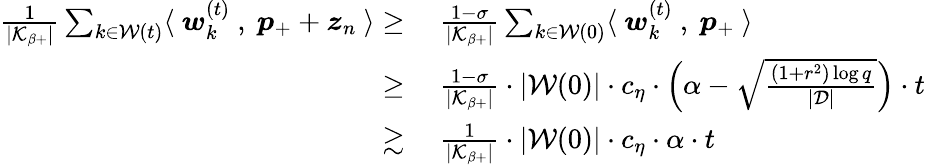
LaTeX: \begin{array}{rl}{\frac{1}{|\mathcal{K}_{\beta+}|}\sum_{k\in\mathcal{W}(t)}\langle~{\boldsymbol w}_{k}^{(t)}~,~{\boldsymbol p}_{+}+{\boldsymbol z}_{n}~\rangle\ge}&{~\frac{1-\sigma}{|\mathcal{K}_{\beta+}|}\sum_{k\in\mathcal{W}(0)}\langle~{\boldsymbol w}_{k}^{(t)}~,~{\boldsymbol p}_{+}~\rangle}\\ {\ge}&{~\frac{1-\sigma}{|\mathcal{K}_{\beta+}|}\cdot|\mathcal{W}(0)|\cdot c_{\eta}\cdot\Big(\alpha-\sqrt{\frac{(1+r^{2})\log q}{|\mathcal{D}|}}\Big)\cdot t}\\ {\gtrsim}&{~\frac{1}{|\mathcal{K}_{\beta+}|}\cdot|\mathcal{W}(0)|\cdot c_{\eta}\cdot\alpha\cdot t}\end{array}